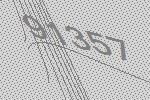
91357